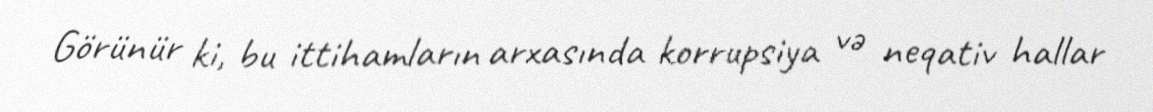
Görünür ki, bu ittihamların arxasında korrupsiya və neqativ hallar